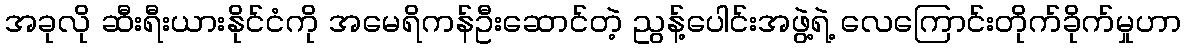
အခုလို ဆီးရီးယားနိုင်ငံကို အမေရိကန်ဦးဆောင်တဲ့ ညွန့်ပေါင်းအဖွဲ့ရဲ့ လေကြောင်းတိုက်ခိုက်မှုဟာ